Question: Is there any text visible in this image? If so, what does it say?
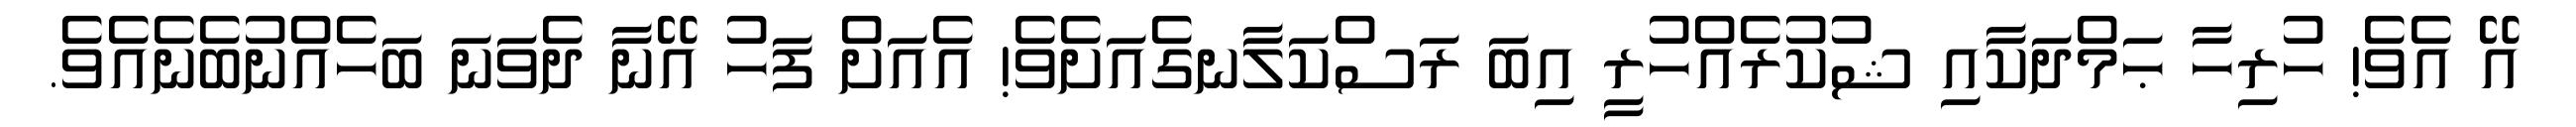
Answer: އޭ އެވެ! ހުރިހާ ޙަމްދަކާއި ޝުކުރެއްހުރީ އިބަ ރަސްކަލާނގެއަށެވެ! އެއަށް ފަހު އޭނާ ދެވަނަ ބަހެއްނުބެނެއެވެ.